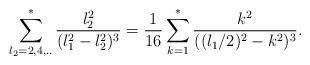
LaTeX: \begin{align*}\sum^*_{l_2=2,4,..} {l_2^2\over (l_1^2-l_2^2)^3}={1\over 16}\sum^*_{k=1} {k^2\over ((l_1/2)^2-k^2)^3}.\end{align*}